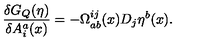
\frac { \delta G _ { Q } ( \eta ) } { \delta A _ { i } ^ { a } ( x ) } = - \Omega _ { a b } ^ { i j } ( x ) D _ { j } \eta ^ { b } ( x ) .